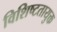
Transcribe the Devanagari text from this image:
विशिष्टतायुक्त